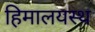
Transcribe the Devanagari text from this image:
हिमालयस्थ